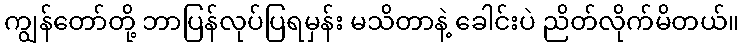
ကျွန်တော်တို့ ဘာပြန်လုပ်ပြရမှန်း မသိတာနဲ့ ခေါင်းပဲ ညိတ်လိုက်မိတယ်။